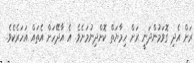
ރަށް އެދި ގޮވަމުންދަނީ ރަށް ހިމާޔަތް ކޮށްދިނުމަށެވެ. އެ އާދޭހަށް އެތައް އަހަރެކެވެ.